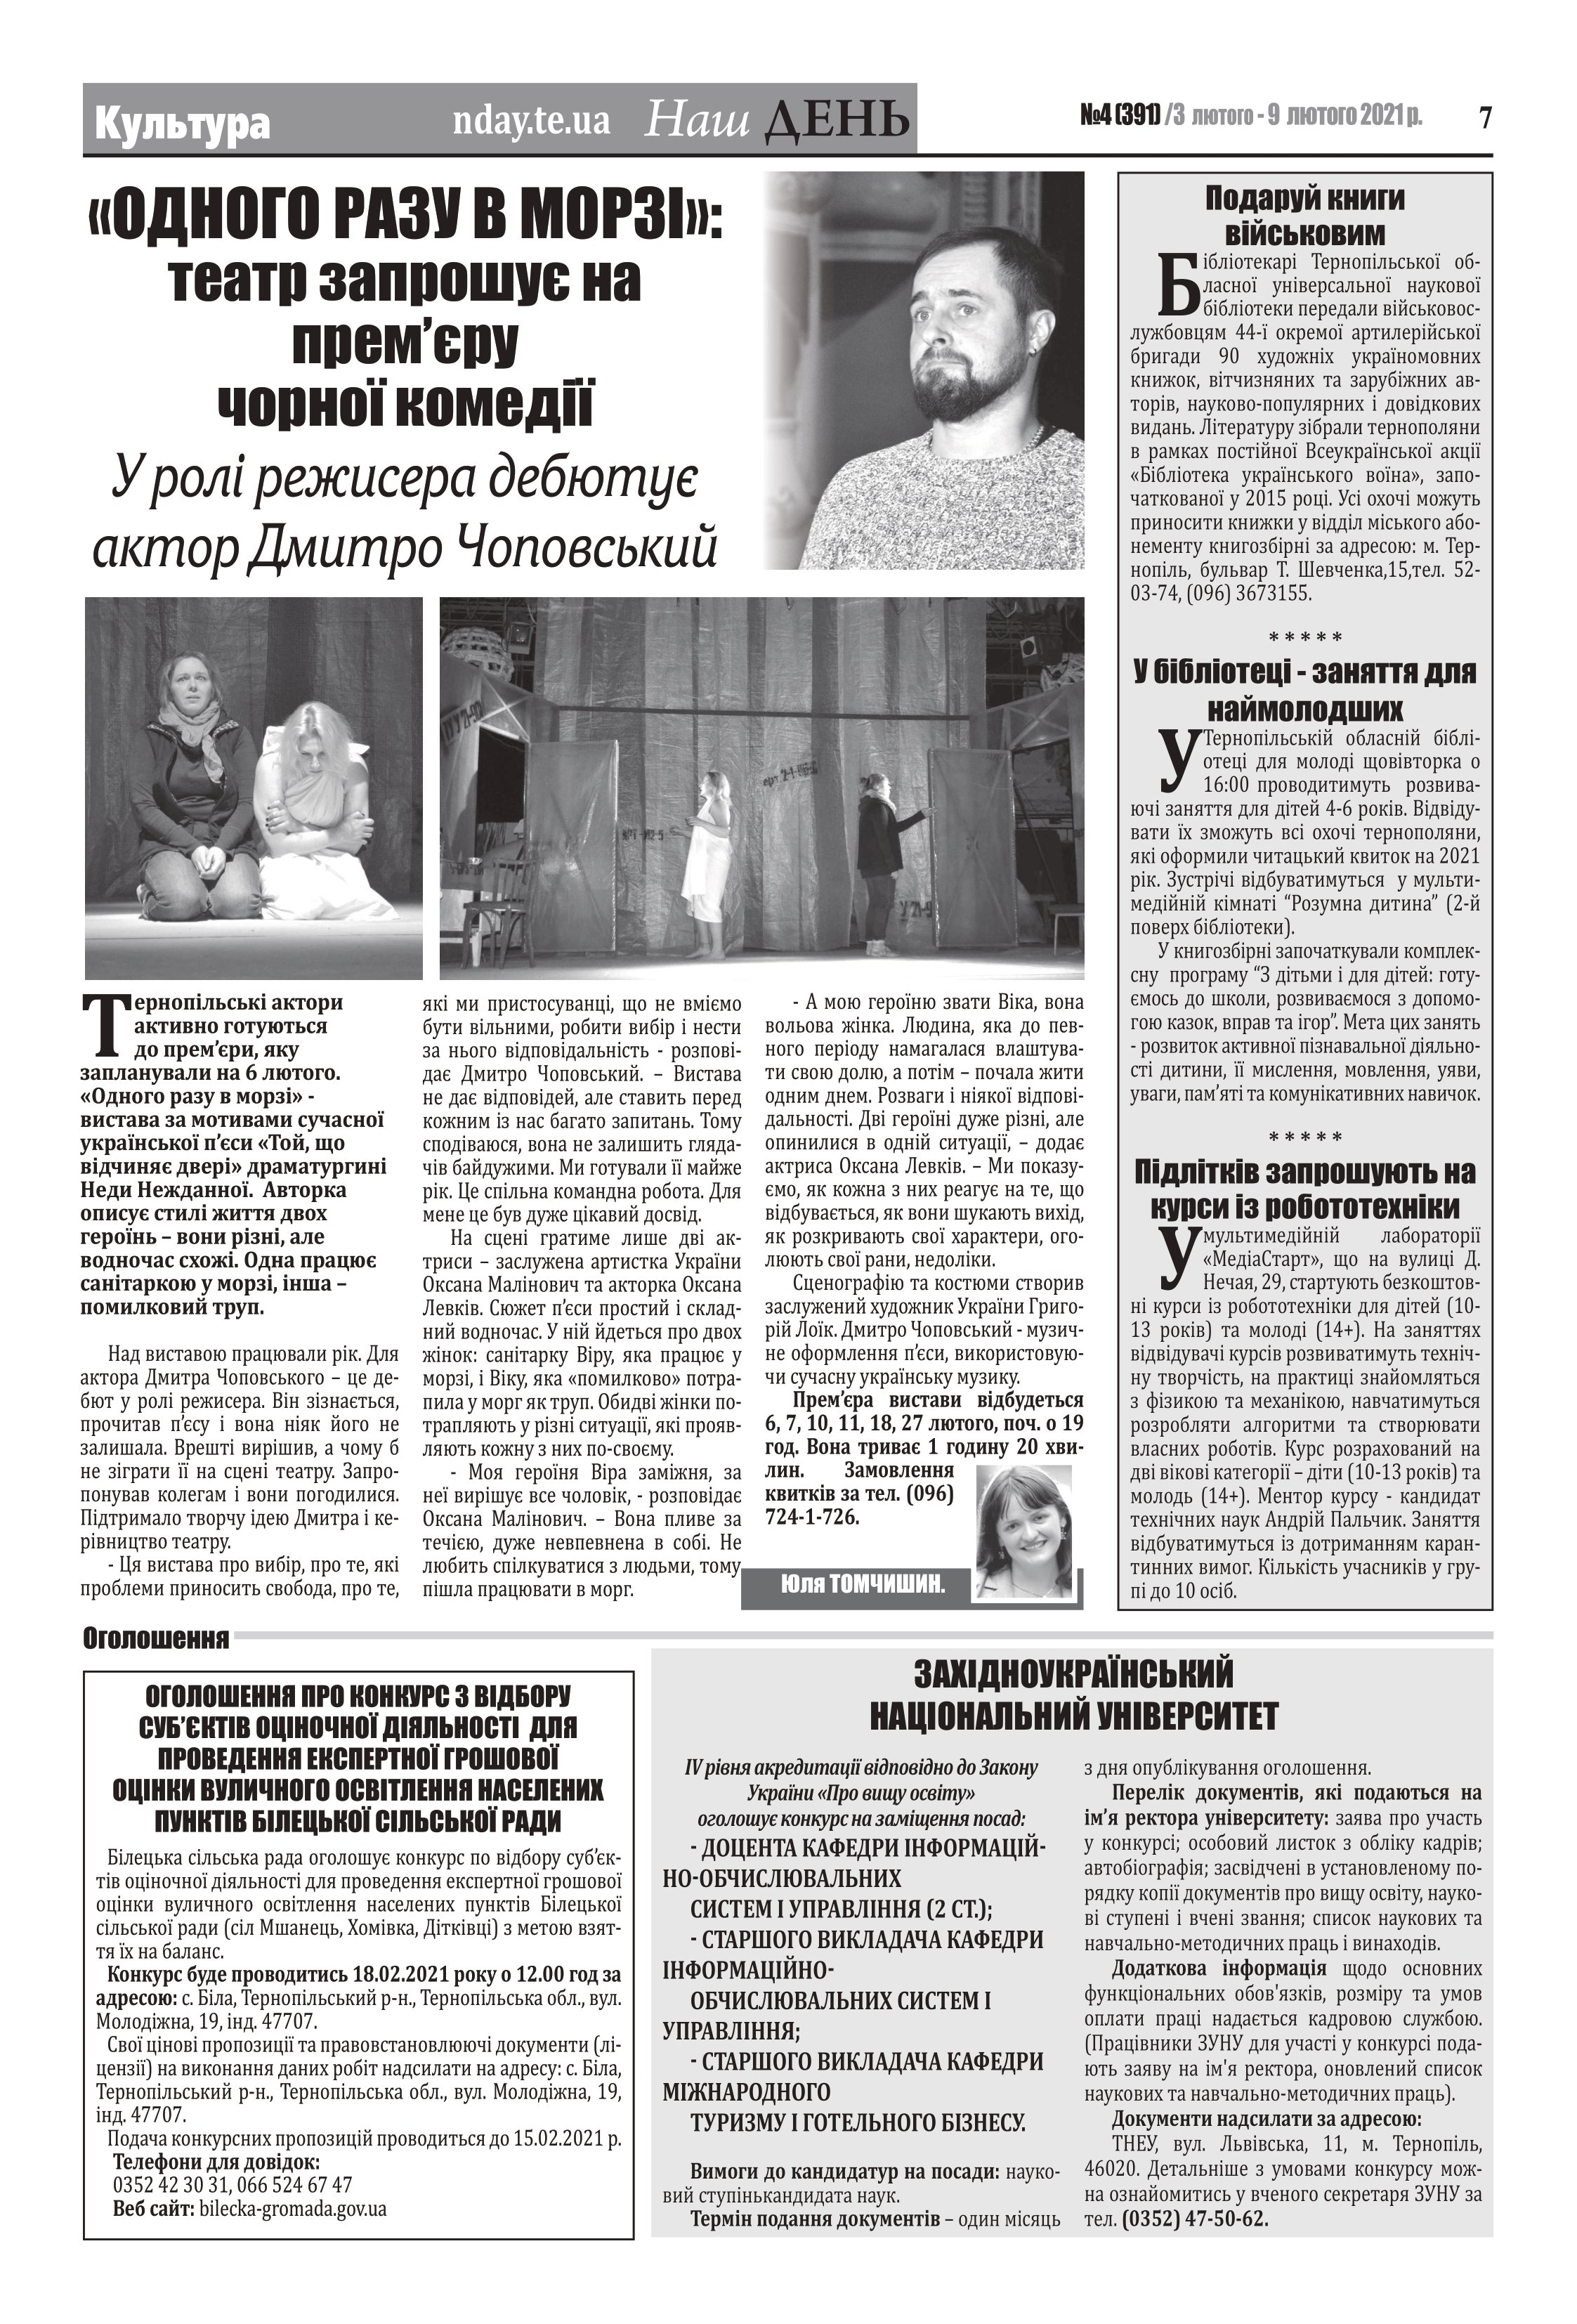
Language: uk